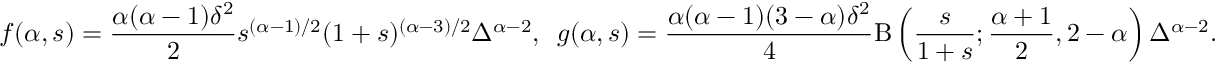
f ( \alpha , s ) = \frac { \alpha ( \alpha - 1 ) \delta ^ { 2 } } { 2 } s ^ { ( \alpha - 1 ) / 2 } ( 1 + s ) ^ { ( \alpha - 3 ) / 2 } \Delta ^ { \alpha - 2 } , \, \, \, g ( \alpha , s ) = \frac { \alpha ( \alpha - 1 ) ( 3 - \alpha ) \delta ^ { 2 } } { 4 } \mathrm { B } \left( \frac { s } { 1 + s } ; \frac { \alpha + 1 } { 2 } , 2 - \alpha \right) \Delta ^ { \alpha - 2 } .